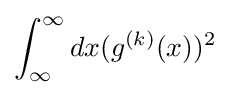
\int _{\infty }^{\infty }dx(g^{(k)}(x))^{2}